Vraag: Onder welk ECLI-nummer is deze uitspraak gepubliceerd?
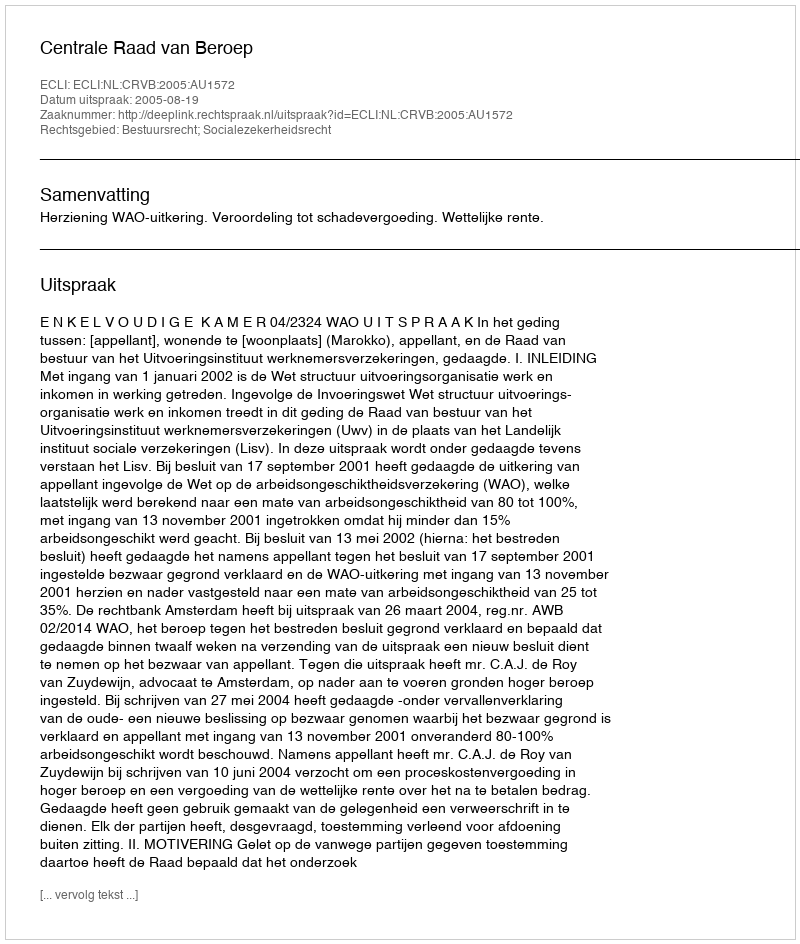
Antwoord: ECLI:NL:CRVB:2005:AU1572